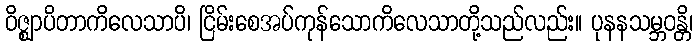
ဝိဇ္ဈာပိတာကိလေသာပိ၊ ငြိမ်းစေအပ်ကုန်သောကိလေသာတို့သည်လည်း။ ပုနနသမ္ဘဝန္တိ၊